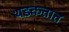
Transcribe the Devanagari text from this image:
थडकतात